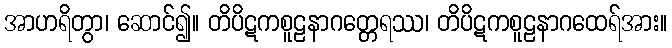
အာဟရိတွာ၊ ဆောင်၍။ တိပိဋကစူဠနာဂတ္တေရဿ၊ တိပိဋကစူဠနာဂထေရ်အား။